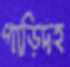
গাড়িদহ